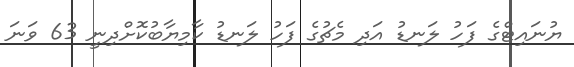
ޔުނައިޓްގެ ފަހު ލަނޑު އަދި މެޗުގެ ފަހު ލަނޑު ކާމިޔާބުކޮށްދިނީ 63 ވަނަ